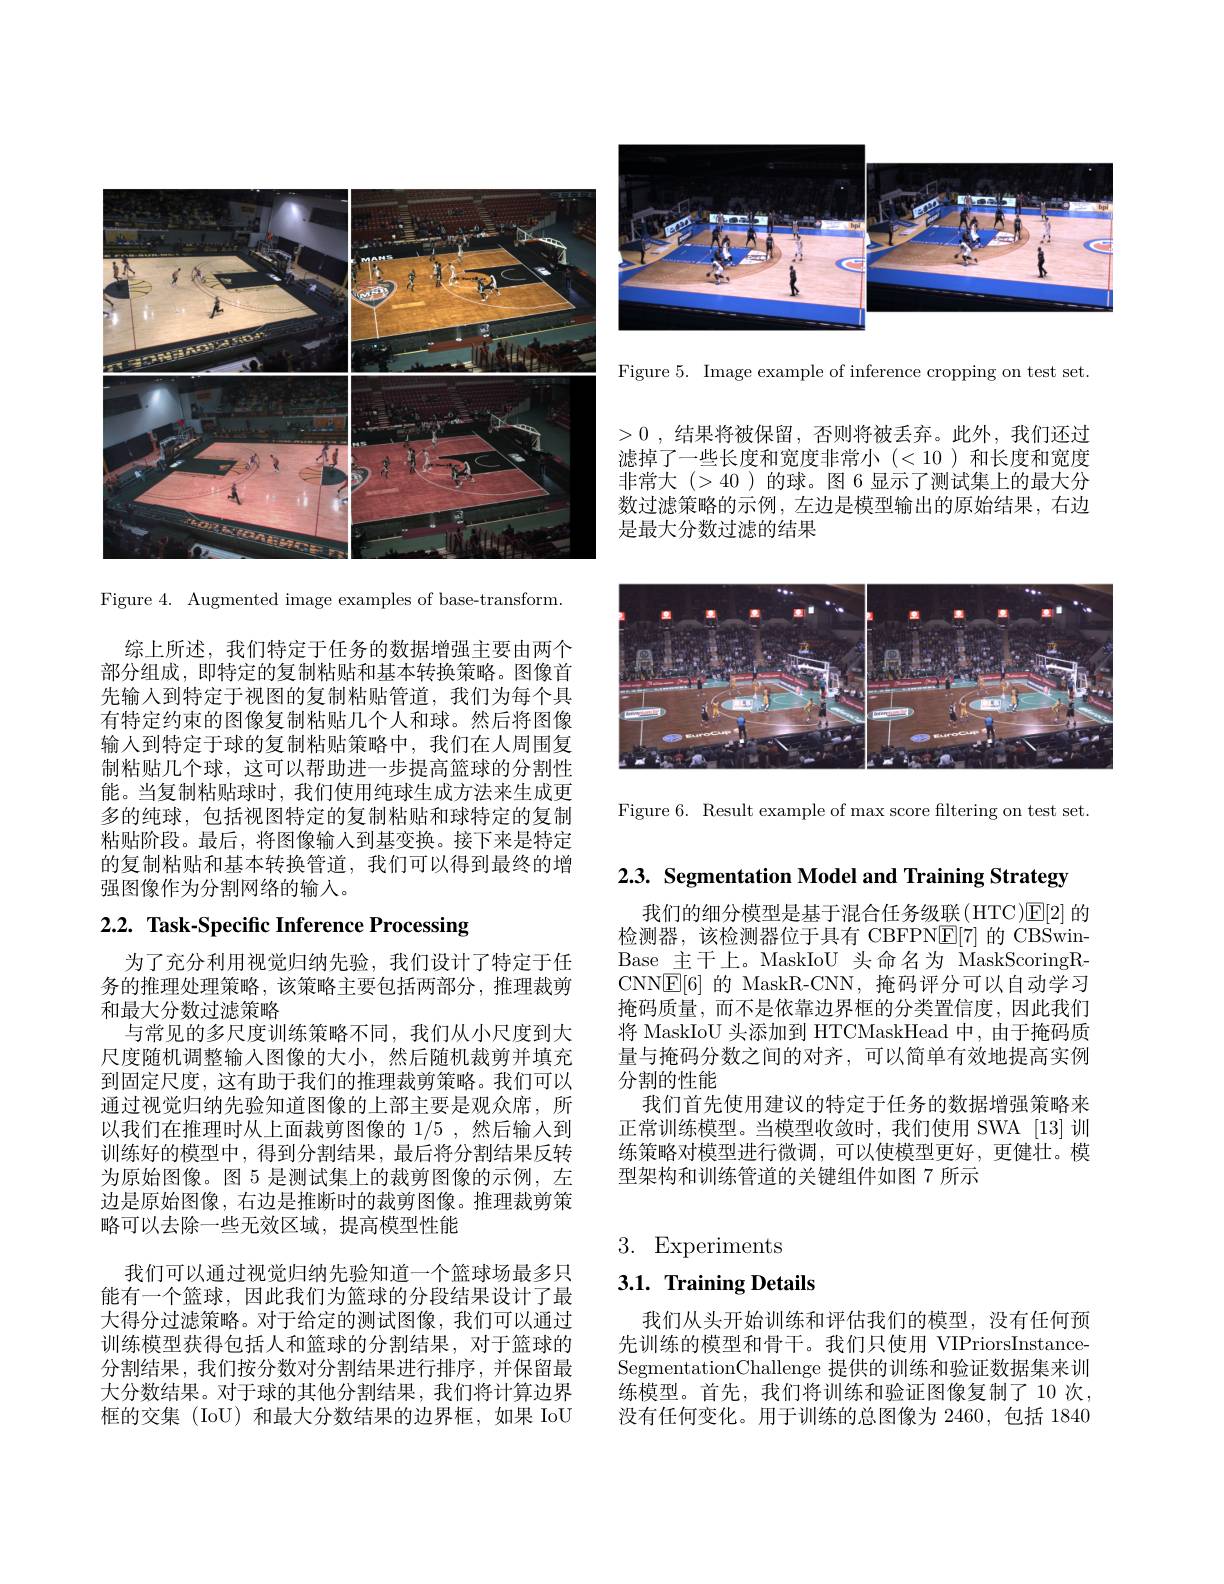
<FigureHere>

Figure 4. Augmented image examples of base-transform.

综上所述，我们特定于任务的数据增强主要由两个部分组成，即特定的复制粘贴和基本转换策略。图像首先输入到特定于视图的复制粘贴管道，我们为每个具有特定约束的图像复制粘贴几个人和球。然后将图像输入到特定于球的复制粘贴策略中，我们在人周围复制粘贴几个球，这可以帮助进一步提高篮球的分割性能。当复制粘贴球时，我们使用纯球生成方法来生成更多的纯球，包括视图特定的复制粘贴和球特定的复制粘贴阶段。最后，将图像输入到基变换。接下来是特定的复制粘贴和基本转换管道，我们可以得到最终的增强图像作为分割网络的输入。

# 2.2. Task-Specific Inference Processing

为了充分利用视觉归纳先验，我们设计了特定于任务的推理处理策略，该策略主要包括两部分，推理裁剪和最大分数过滤策略
与常见的多尺度训练策略不同，我们从小尺度到大尺度随机调整输入图像的大小，然后随机裁剪并填充到固定尺度，这有助于我们的推理裁剪策略。我们可以通过视觉归纳先验知道图像的上部主要是观众席，所以我们在推理时从上面裁剪图像的 1/5 ,然后输入到训练好的模型中，得到分割结果，最后将分割结果反转为原始图像。图 5 是测试集上的裁剪图像的示例，左边是原始图像，右边是推断时的裁剪图像。推理裁剪策略可以去除一些无效区域，提高模型性能
我们可以通过视觉归纳先验知道一个篮球场最多只能有一个篮球，因此我们为篮球的分段结果设计了最大得分过滤策略。对于给定的测试图像，我们可以通过训练模型获得包括人和篮球的分割结果，对于篮球的分割结果，我们按分数对分割结果进行排序，并保留最大分数结果。对于球的其他分割结果，我们将计算边界框的交集 (IoU) 和最大分数结果的边界框，如果 IoU

<FigureHere>

Figure 5. Image example of inference cropping on test set.

>0 ,结果将被保留，否则将被丢弃。此外，我们还过
滤掉了一些长度和宽度非常小(<10)和长度和宽度非常大(>40 )的球。图 6 显示了测试集上的最大分数过滤策略的示例，左边是模型输出的原始结果，右边是最大分数过滤的结果

<FigureHere>

Figure 6. Result example of max score filtering on test set.

2.3. Segmentation Model and Training Strategy

我们的细分模型是基于混合任务级联(HTC)$\mathbb{E}[2]$的检测器，该检测器位于具有 CBFPN$\underline{\mathrm{E}}[7]$的 CBSwinBase 主干上。MaskIoU 头命名为 MaskScoringRCNN$\boxed{\mathrm{E}}[6]$的 MaskR-CNN, 掩码评分可以自动学习掩码质量，而不是依靠边界框的分类置信度，因此我们将 MaskIoU 头添加到 HTCMaskHead 中，由于掩码质量与掩码分数之间的对齐，可以简单有效地提高实例分割的性能
我们首先使用建议的特定于任务的数据增强策略来正常训练模型。当模型收敛时，我们使用 SWA [13] 训练策略对模型进行微调，可以使模型更好，更健壮。模型架构和训练管道的关键组件如图 7 所示

# 3. Experiments

## $3. 1. \textbf{Training Details}$

我们从头开始训练和评估我们的模型，没有任何预先训练的模型和骨干。我们只使用 VIPriorsInstanceSegmentationChallenge 提供的训练和验证数据集来训练模型。首先，我们将训练和验证图像复制了 10 次， 没有任何变化。用于训练的总图像为 2460,包括 1840